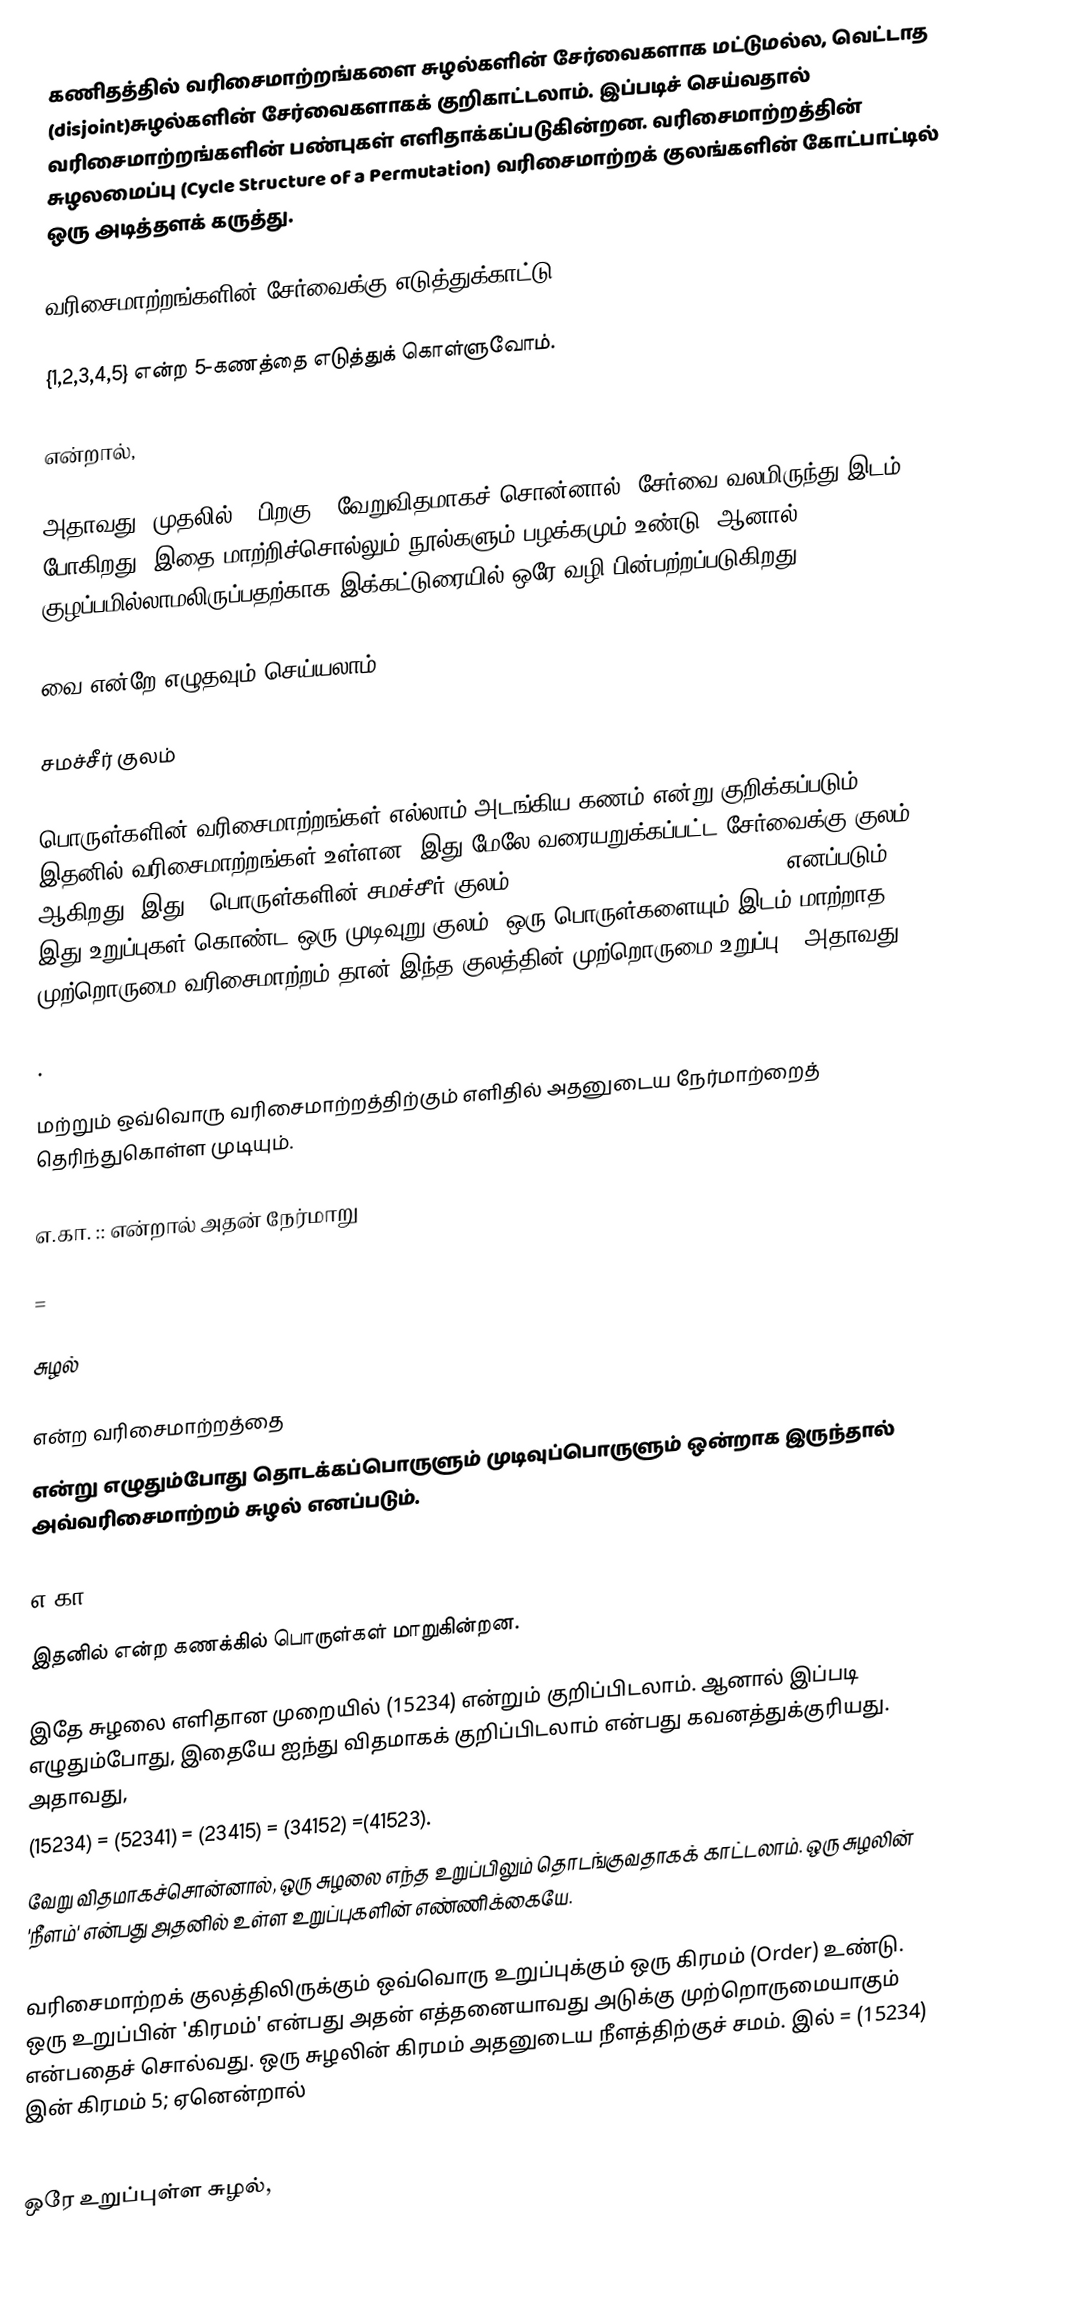
கணிதத்தில் வரிசைமாற்றங்களை சுழல்களின் சேர்வைகளாக மட்டுமல்ல, வெட்டாத  (disjoint)சுழல்களின் சேர்வைகளாகக் குறிகாட்டலாம். இப்படிச் செய்வதால் வரிசைமாற்றங்களின் பண்புகள் எளிதாக்கப்படுகின்றன. வரிசைமாற்றத்தின் சுழலமைப்பு (Cycle Structure of a Permutation) வரிசைமாற்றக் குலங்களின் கோட்பாட்டில்  ஒரு அடித்தளக் கருத்து.

வரிசைமாற்றங்களின் சேர்வைக்கு எடுத்துக்காட்டு

{1,2,3,4,5} என்ற  5-கணத்தை எடுத்துக் கொள்ளுவோம்.

என்றால்,

அதாவது, முதலில்  ; பிறகு . வேறுவிதமாகச் சொன்னால், சேர்வை வலமிருந்து இடம் போகிறது. இதை மாற்றிச்சொல்லும் நூல்களும் பழக்கமும் உண்டு. ஆனால், குழப்பமில்லாமலிருப்பதற்காக  இக்கட்டுரையில் ஒரே வழி பின்பற்றப்படுகிறது.

 வை   என்றே எழுதவும் செய்யலாம்.

சமச்சீர் குலம்

  பொருள்களின் வரிசைமாற்றங்கள் எல்லாம் அடங்கிய கணம்   என்று குறிக்கப்படும். இதனில்  வரிசைமாற்றங்கள் உள்ளன. இது மேலே வரையறுக்கப்பட்ட சேர்வைக்கு    குலம் ஆகிறது. இது n பொருள்களின் சமச்சீர் குலம் (Symmetric Group on n objects) எனப்படும்.  இது  உறுப்புகள் கொண்ட ஒரு முடிவுறு குலம். ஒரு பொருள்களையும் இடம் மாற்றாத முற்றொருமை வரிசைமாற்றம் தான் இந்த குலத்தின்  முற்றொருமை உறுப்பு ; அதாவது,

 .

மற்றும் ஒவ்வொரு வரிசைமாற்றத்திற்கும் எளிதில் அதனுடைய நேர்மாற்றைத் தெரிந்துகொள்ள முடியும்.

எ.கா. :: என்றால் அதன் நேர்மாறு

=

சுழல்

 என்ற வரிசைமாற்றத்தை
என்று எழுதும்போது தொடக்கப்பொருளும் முடிவுப்பொருளும் ஒன்றாக இருந்தால் அவ்வரிசைமாற்றம்  சுழல் எனப்படும்.

எ.கா.:

இதனில்   என்ற கணக்கில் பொருள்கள் மாறுகின்றன.

இதே சுழலை  எளிதான முறையில் (15234) என்றும் குறிப்பிடலாம். ஆனால் இப்படி எழுதும்போது, இதையே ஐந்து விதமாகக் குறிப்பிடலாம் என்பது கவனத்துக்குரியது. அதாவது,
(15234) = (52341) = (23415) = (34152) =(41523).
வேறு விதமாகச்சொன்னால், ஒரு சுழலை  எந்த உறுப்பிலும் தொடங்குவதாகக் காட்டலாம். ஒரு சுழலின் 'நீளம்' என்பது அதனில் உள்ள உறுப்புகளின் எண்ணிக்கையே.

வரிசைமாற்றக் குலத்திலிருக்கும் ஒவ்வொரு உறுப்புக்கும் ஒரு கிரமம் (Order) உண்டு. ஒரு உறுப்பின் 'கிரமம்' என்பது அதன் எத்தனையாவது அடுக்கு முற்றொருமையாகும் என்பதைச் சொல்வது. ஒரு சுழலின் கிரமம் அதனுடைய  நீளத்திற்குச் சமம்.   இல்  = (15234) இன் கிரமம் 5; ஏனென்றால்

ஒரே உறுப்புள்ள சுழல்,